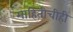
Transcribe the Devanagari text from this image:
माहितीचीही